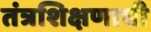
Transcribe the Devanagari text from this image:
तंत्रशिक्षणाची